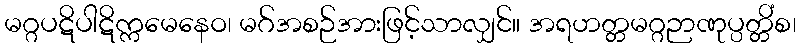
မဂ္ဂပဋိပါဋိက္ကမေနေဝ၊ မဂ်အစဉ်အားဖြင့်သာလျှင်။ အရဟတ္တမဂ္ဂဉာဏုပ္ပတ္တိံစ၊